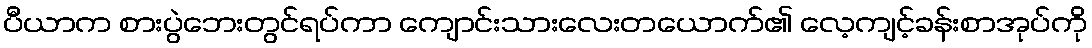
ပီယာက စားပွဲဘေးတွင်ရပ်ကာ ကျောင်းသားလေးတယောက်၏ လေ့ကျင့်ခန်းစာအုပ်ကို